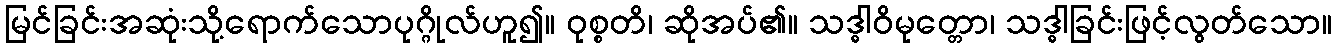
မြင်ခြင်းအဆုံးသို့ရောက်သောပုဂ္ဂိုလ်ဟူ၍။ ဝုစ္စတိ၊ ဆိုအပ်၏။ သဒ္ဓါဝိမုတ္တော၊ သဒ္ဓါခြင်းဖြင့်လွတ်သော။